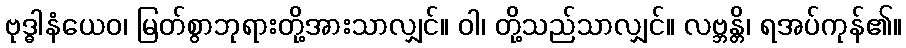
ဗုဒ္ဓါနံယေဝ၊ မြတ်စွာဘုရားတို့အားသာလျှင်။ ဝါ၊ တို့သည်သာလျှင်။ လဗ္ဘန္တိ၊ ရအပ်ကုန်၏။